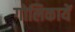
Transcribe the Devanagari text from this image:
गोलिकायें